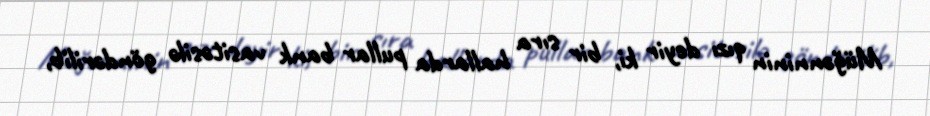
Müğənninin qızı deyir ki, bir sıra hallarda pullar bank vasitəsilə göndərilib,